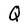
Character: Q